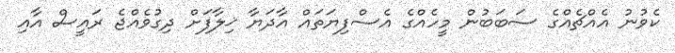
ކެވުނު އެއްޗެއްގެ ސަބަބުން މީހެއްގެ އެސްފިޔަތައް އާދަޔާ ޚިލާފަށް ދިގުވެއްޖެ ރައީސް އާއި